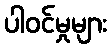
ပါဝင်မှုများ